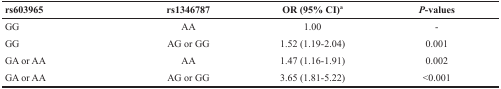
<table><thead><tr><td><b>rs603965</b></td><td><b>rs1346787</b></td><td><b>OR (95% CI)<sup>a</sup></b></td><td><b><i>P</i>-values</b></td></tr></thead><tbody><tr><td>GG</td><td>AA</td><td>1.00</td><td>-</td></tr><tr><td>GG</td><td>AG or GG</td><td>1.52 (1.19-2.04)</td><td>0.001</td></tr><tr><td>GA or AA</td><td>AA</td><td>1.47 (1.16-1.91)</td><td>0.002</td></tr><tr><td>GA or AA</td><td>AG or GG</td><td>3.65 (1.81-5.22)</td><td>&lt;0.001</td></tr></tbody></table>